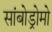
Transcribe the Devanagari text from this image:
सांबोड्रोमो